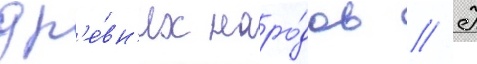
др'е́вн'их наро́дов // К